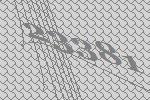
23381